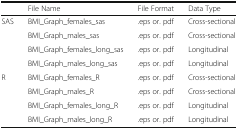
|  | File Name | File Format | Data Type |
 | --- | --- | --- | --- |
 | <ROWSPAN=4> SAS | BMI_Graph_females_sas | .eps or. pdf | Cross-sectional |
 | BMI_Graph_males_sas | .eps or. pdf | Cross-sectional |
 | BMI_Graph_females_long_sas | .eps or. pdf | Longitudinal |
 | BMI_Graph_males_long_sas | .eps or. pdf | Longitudinal |
 | <ROWSPAN=4> R | BMI_Graph_females_R | .eps or. pdf | Cross-sectional |
 | BMI_Graph_males_R | .eps or. pdf | Cross-sectional |
 | BMI_Graph_females_long_R | .eps or. pdf | Longitudinal |
 | BMI_Graph_males_long_R | .eps or. pdf | Longitudinal |